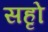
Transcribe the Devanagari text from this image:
सहृो